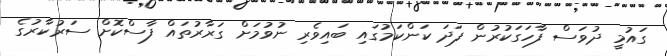
ގައުމީ ދުވަސް ފާހަގަކުރުން ފަދަ ކަންކަމުގައި ބައިވެރި ނުވުމަށް ގަރާރުތައް ފާސްކޮށް ސަރުކާރުގެ